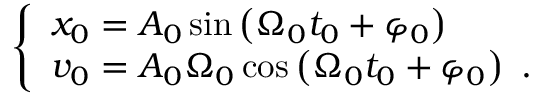
\left\{ \begin{array} { l } { x _ { 0 } = A _ { 0 } \sin \left( \Omega _ { 0 } t _ { 0 } + \varphi _ { 0 } \right) } \\ { v _ { 0 } = A _ { 0 } \Omega _ { 0 } \cos \left( \Omega _ { 0 } t _ { 0 } + \varphi _ { 0 } \right) \mathrm { ~ . ~ } } \end{array} \right.